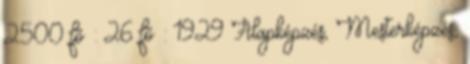
2500 fõ : 26 fõ : 1929 Alapképzés, Mesterképzés,